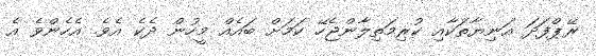
ރޭޕްފަދަ އަނިޔާތަކާއި ކުރިމަތިލާންޖެހޭ ކަމަށް ބައެއް މީހުން ދެކެ އެވެ. އެހެންވެ އެ